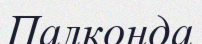
Палконда